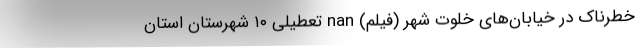
خطرناک در خیابان‌های خلوت شهر (فیلم) nan تعطیلی ۱۰ شهرستان استان